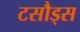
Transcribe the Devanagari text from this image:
टसौड्स